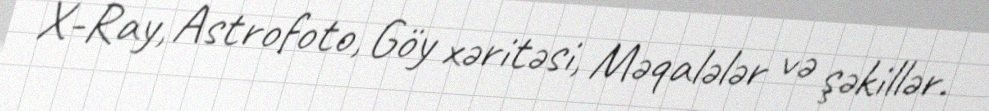
X-Ray, Astrofoto, Göy xəritəsi, Məqalələr və şəkillər.